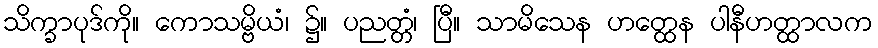
သိက္ခာပုဒ်ကို။ ကောသမ္ဗိယံ၊ ၌။ ပညတ္တံ၊ ပြီ။ သာမိသေန ဟတ္ထေန ပါနီဟတ္ထာလက